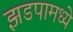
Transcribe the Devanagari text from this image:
झडपामध्ये